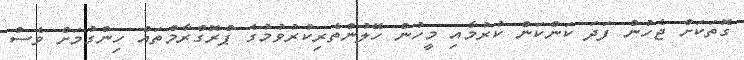
ގޮތަކަށް ޖެހުން ފަދަ ކަންކަން ކުރުމާއި މީހުން ހޭލުންތެރިކުރުވުމުގެ ޕްރޮގްރާމްތައް ހިންގުމަށް ވެސް